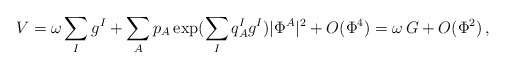
\begin{align*}V=\omega \sum_{I}g^I+\sum_{A}p_A\exp(\sum_{I}q^I_Ag^I)|\Phi^A|^2+O(\Phi^4) = \omega\, G + O(\Phi^2) \, ,\end{align*}